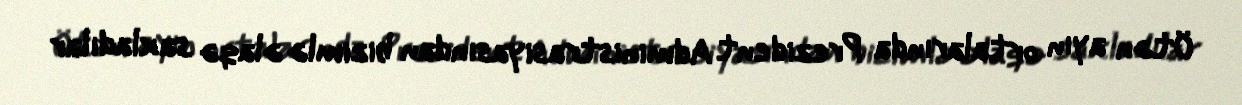
Ötən ayın ortalarında Prezident Administrasiyasından bizimlə əlaqə saxladılar